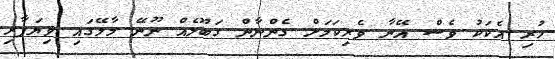
ހުރި އެކަކު ވެސް އޭނާ ވެރިކަމަށް ގެންނާން ގަބޫލެއް ނޫނޭ މާލޭގައި ވިޔަފާރި